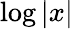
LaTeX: \log\left|x\right|